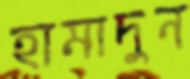
হামাদুন